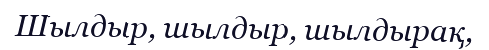
Шылдыр, шылдыр, шылдырақ,